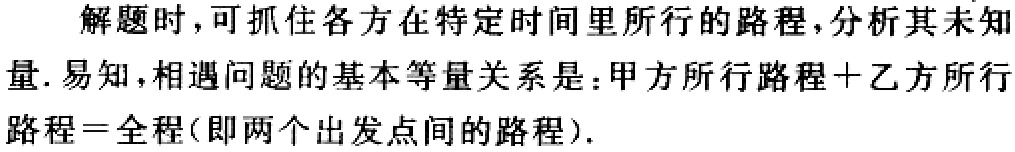
解题时，可抓住各方在特定时间里所行的路程，分析其未知量. 易知，相遇问题的基本等量关系是：甲方所行路程＋乙方所行路程＝全程(即两个出发点间的路程).